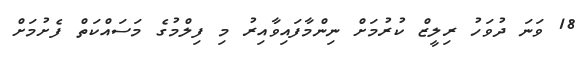
18 ވަނަ ދުވަހު ރިލީޒް ކުރުމަށް ނިންމާފައިވާއިރު މި ފިލްމުގެ މަސައްކަތް ފެށުމަށް